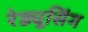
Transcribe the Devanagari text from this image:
रेड्यूसिंग